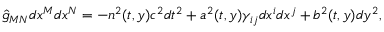
\hat { g } _ { M N } d x ^ { M } d x ^ { N } = - n ^ { 2 } ( t , y ) c ^ { 2 } d t ^ { 2 } + a ^ { 2 } ( t , y ) \gamma _ { i j } d x ^ { i } d x ^ { j } + b ^ { 2 } ( t , y ) d y ^ { 2 } ,